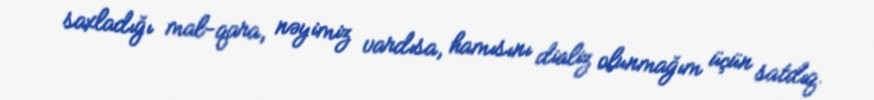
saxladığı mal-qara, nəyimiz vardısa, hamısını dializ olunmağım üçün satdıq.